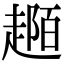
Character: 𧼟